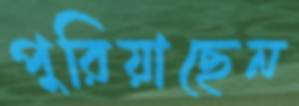
পুরিয়াছেন